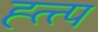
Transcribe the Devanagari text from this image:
ह्त्त्प